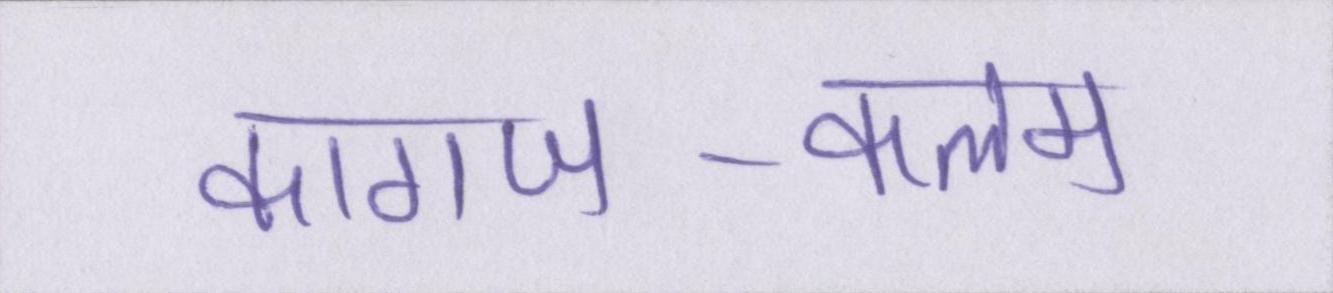
कागज-कलम